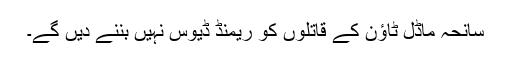
سانحہ ماڈل ٹاؤن کے قاتلوں کو ریمنڈ ڈیوس نہیں بننے دیں گے۔